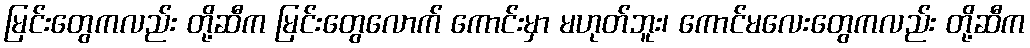
မြင်းတွေကလည်း တို့ဆီက မြင်းတွေလောက် ကောင်းမှာ မဟုတ်ဘူး၊ ကောင်မလေးတွေကလည်း တို့ဆီက